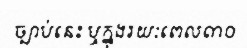
ច្បាប់នេះ ឬក្នុងរយៈពេល៣០